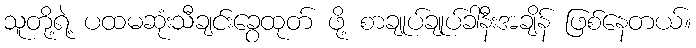
သူတို့ရဲ့ ပထမဆုံးသီချင်းခွေထုတ် ဖို့ စာချုပ်ချုပ်ခါနီးအချိန် ဖြစ်နေတယ်။